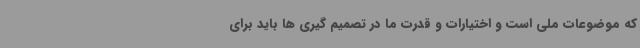
که موضوعات ملی است و اختیارات و قدرت ما در تصمیم گیری ها باید برای